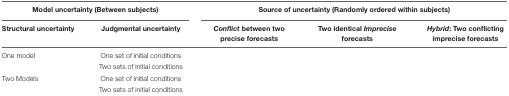
<table><thead><tr><td colspan="2"><b>Model uncertainty (Between subjects)</b></td><td colspan="3"><b>Source of uncertainty (Randomly ordered within subjects)</b></td></tr><tr><td><b>Structural uncertainty</b></td><td><b>Judgmental uncertainty</b></td><td><b><i>Conflict</i> between two precise forecasts</b></td><td><b>Two identical <i>Imprecise</i> forecasts</b></td><td><b><i>Hybrid</i>: Two conflicting imprecise forecasts</b></td></tr></thead><tbody><tr><td>One model</td><td>One set of initial conditions</td><td></td><td></td><td></td></tr><tr><td></td><td>Two sets of initial conditions</td><td></td><td></td><td></td></tr><tr><td>Two Models</td><td>One set of initial conditions</td><td></td><td></td><td></td></tr><tr><td></td><td>Two sets of initial conditions</td><td></td><td></td><td></td></tr></tbody></table>